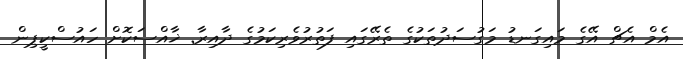
އެމް އެޗް އޭގެ މައިގަނޑު މަގުސަދުތަކުގެ ތެރޭގައި ފަތުރުވެރިކަމުގެ ދާއިރާ